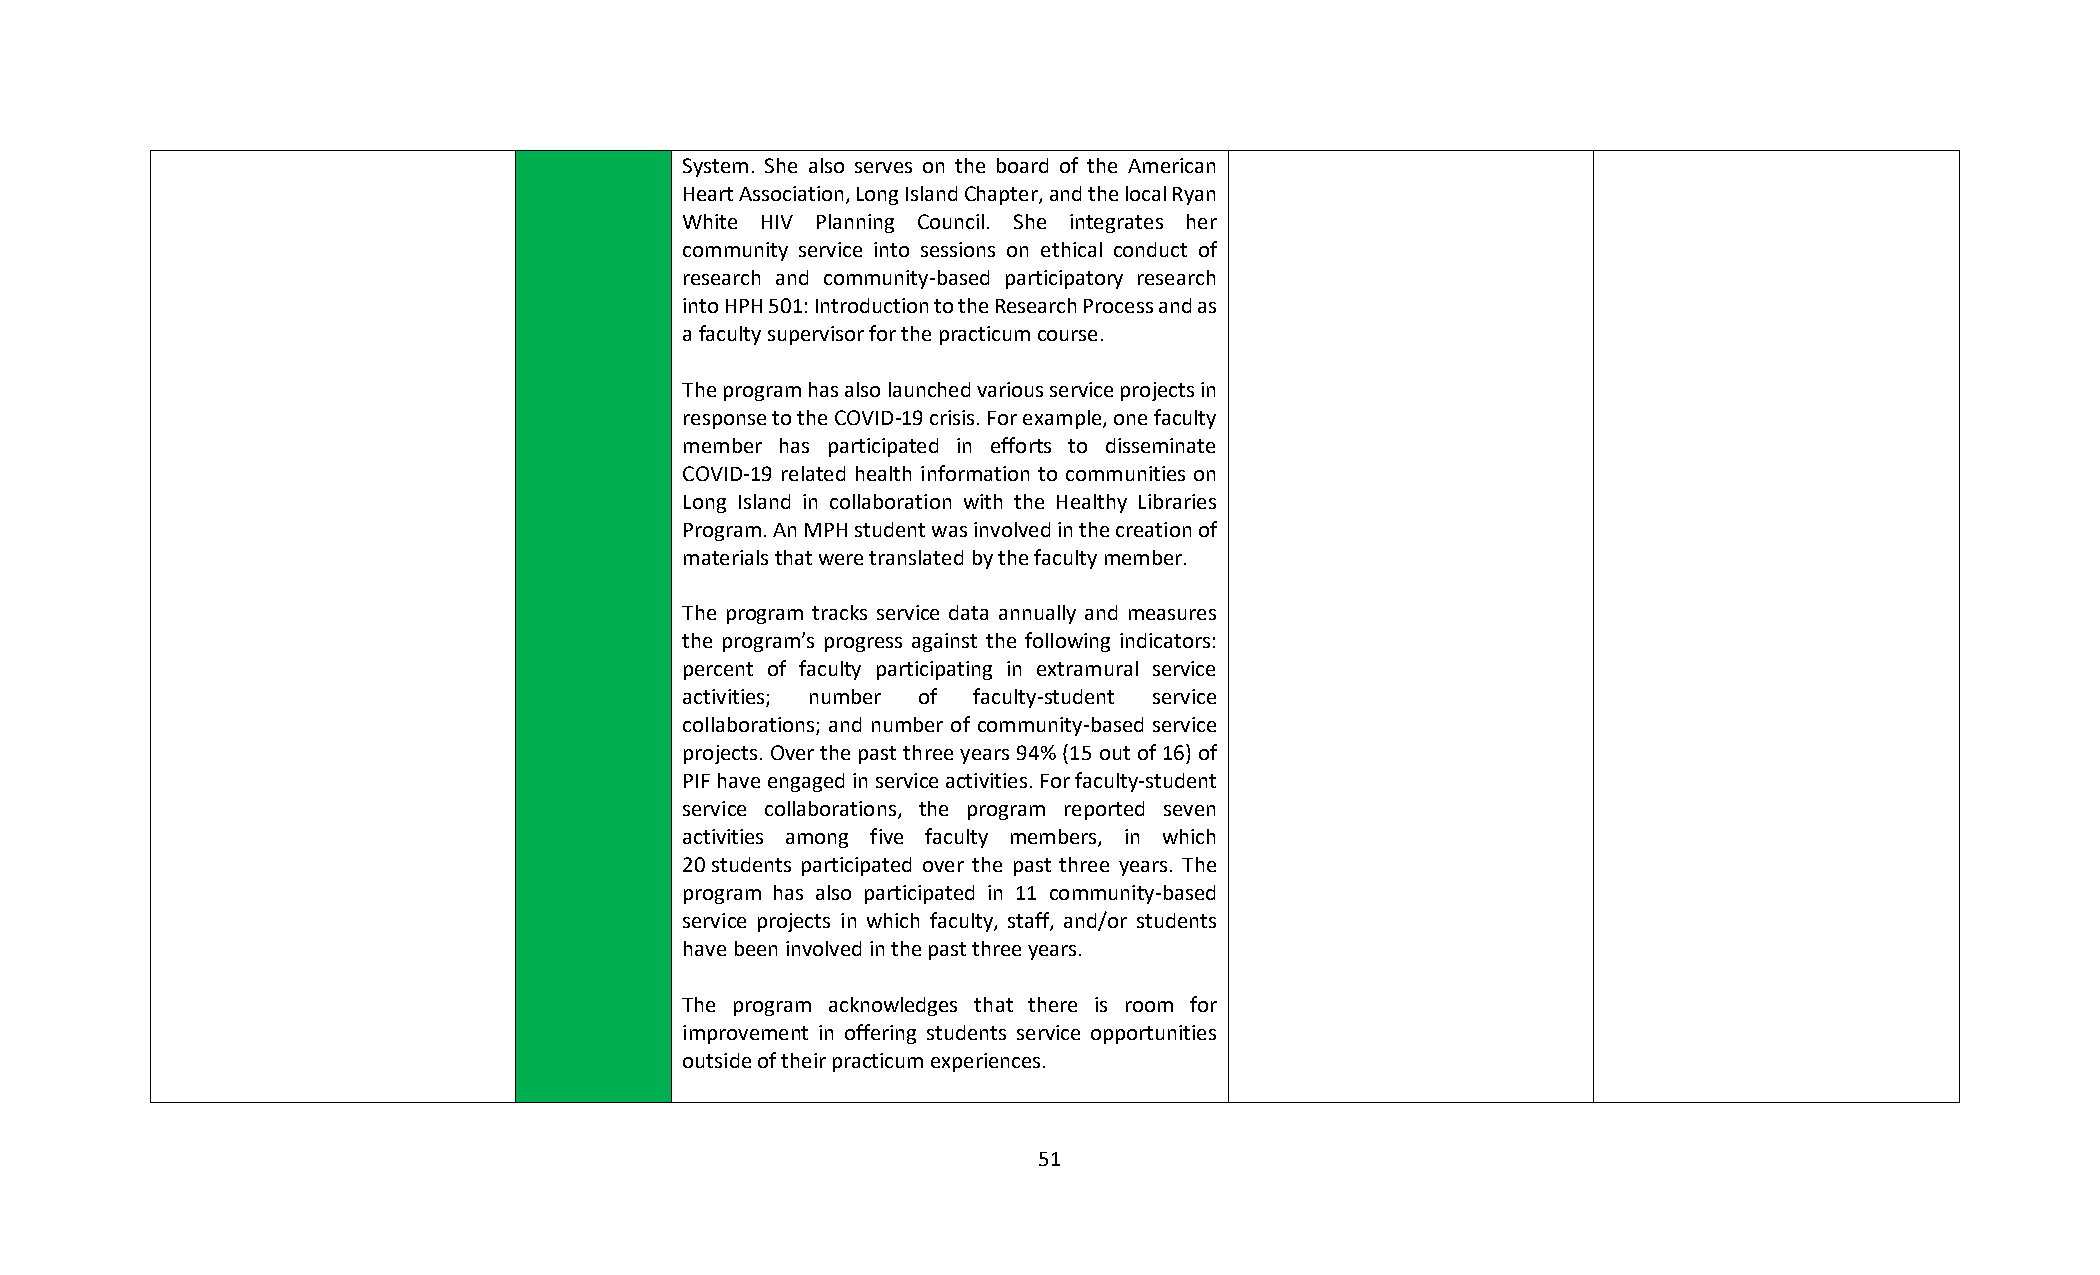
System. She also serves on the board of the American
 Heart Association, Long Island Chapter, and the local Ryan
 White HIV Planning Council. She integrates her
 community service into sessions on ethical conduct of
 research and community-based participatory research
 into HPH 501: Introduction to the Research Process and as
 a faculty supervisor for the practicum course.
 The program has also launched various service projects in
 response to the COVID-19 crisis. For example, one faculty
 member has participated in efforts to disseminate
 COVID-19 related health information to communities on
 Long Island in collaboration with the Healthy Libraries
 Program. An MPH student was involved in the creation of
 materials that were translated by the faculty member.
 The program tracks service data annually and measures
 the program’s progress against the following indicators:
 percent of faculty participating in extramural service
 activities; number of faculty-student service
 collaborations; and number of community-based service
 projects. Over the past three years 94% (15 out of 16) of
 PIF have engaged in service activities. For faculty-student
 service collaborations, the program reported seven
 activities among five faculty members, in which
 20 students participated over the past three years. The
 program has also participated in 11 community-based
 service projects in which faculty, staff, and/or students
 have been involved in the past three years.
 The program acknowledges that there is room for
 improvement in offering students service opportunities
 outside of their practicum experiences.
 51